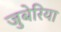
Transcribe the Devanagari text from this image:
जुबेरिया